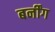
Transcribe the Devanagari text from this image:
बर्नींग